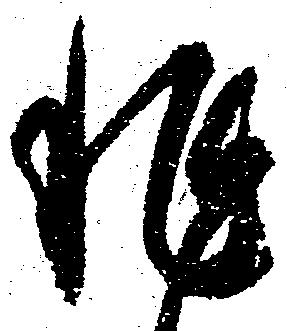
非